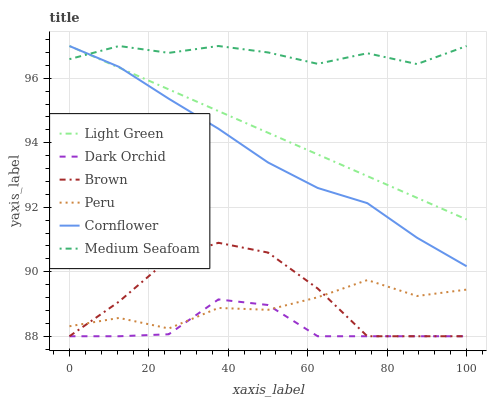
| xaxis_label | Light Green | Dark Orchid | Brown | Peru | Cornflower | Medium Seafoam |
 | --- | --- | --- | --- | --- | --- | --- |
 | 0 | 97 | 88 | 88 | 88.3 | 97 | 96.6 |
 | 12.5 | 96.3 | 88 | 89.1 | 88.6 | 96.4 | 97 |
 | 25 | 95.7 | 88.1 | 90.4 | 88.2 | 95.4 | 96.8 |
 | 37.5 | 95 | 89.1 | 90.9 | 88.9 | 94.4 | 97 |
 | 50 | 94.3 | 89 | 90.6 | 88.8 | 93.4 | 96.8 |
 | 62.5 | 93.6 | 88 | 89.5 | 89.2 | 92.6 | 96.4 |
 | 75 | 93 | 88 | 88 | 89.7 | 92.1 | 96.8 |
 | 87.5 | 92.3 | 88 | 88 | 89.2 | 91.1 | 96.4 |
 | 100 | 91.6 | 88 | 88 | 89.4 | 90.2 | 97 |